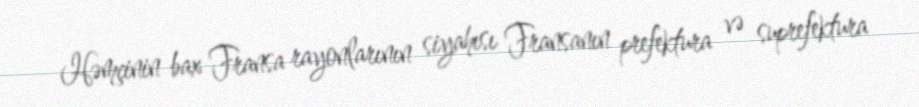
Həmçinin bax Fransa rayonlarının siyahısı Fransanın prefektura və suprefektura